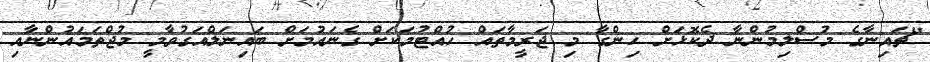
"ޗައިނާގެ މުސްލިމުންނާ ދެކޮޅަށް ހިންގާ މި ޖަރީމާތައް ހުއްޓުމަކަށް ގެނައުމަށް ބައިނަލްއަގުވާމީ މުޖްތަމައުންނާއި